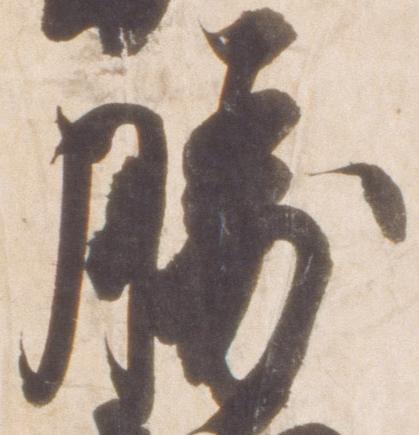
勝